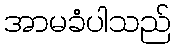
အာမခံပါသည်